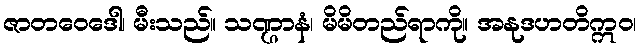
ဇာတဝေဒေါ၊ မီးသည်။ သဏ္ဌာနံ၊ မိမိတည်ရာကို။ အနုဒဟတိဣဝ၊